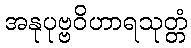
အနုပုဗ္ဗဝိဟာရသုတ္တံ